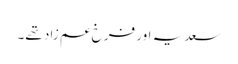
سعدیہ اور فرخ عم زاد تھے۔